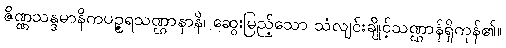
ဇိဏ္ဏသန္ဒမာနိကပဉ္ဇရသဏ္ဌာနာနိ၊ ဆွေးမြည့်သော သံလျင်းချိုင့်သဏ္ဌာန်ရှိကုန်၏။